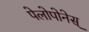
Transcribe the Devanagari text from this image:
पेलोपोनेस्